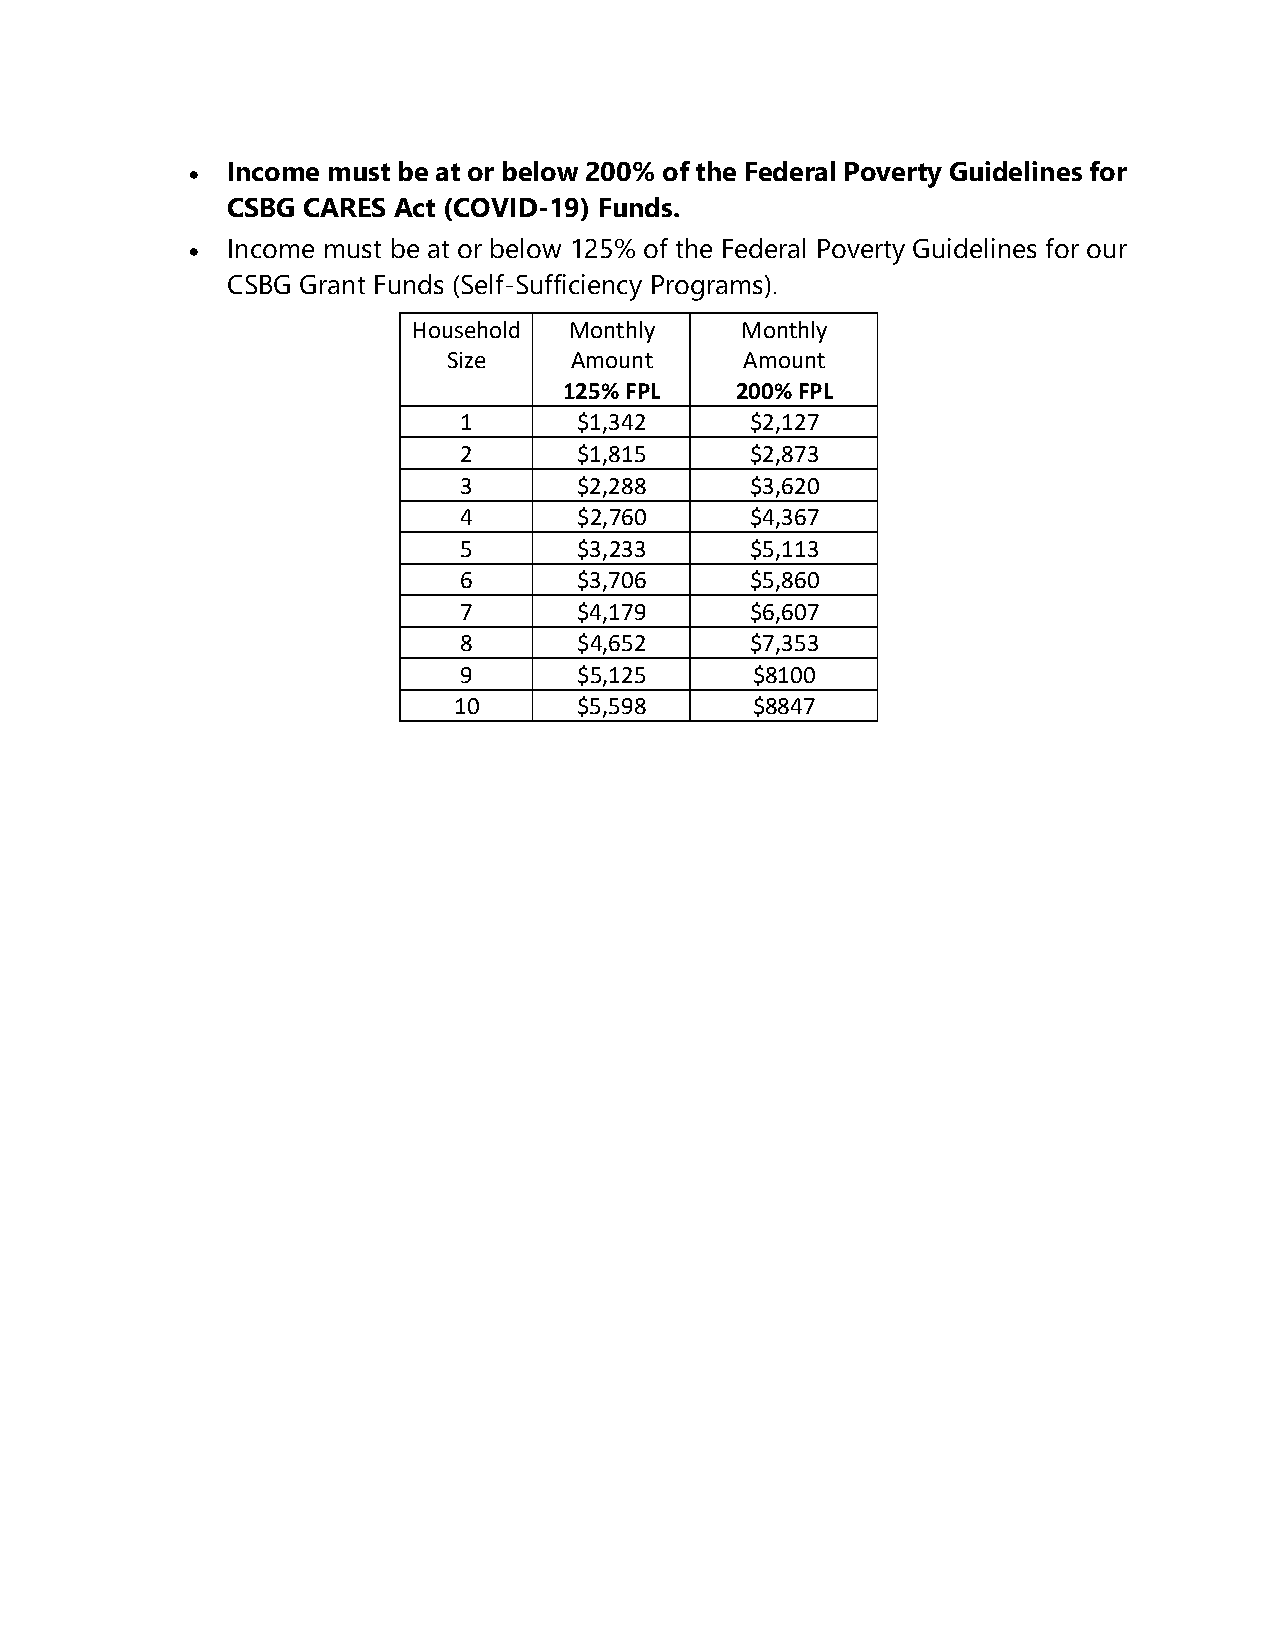
• Income must be at or below 200% of the Federal Poverty Guidelines for
 CSBG CARES Act (COVID-19) Funds.
 • Income must be at or below 125% of the Federal Poverty Guidelines for our
 CSBG Grant Funds (Self-Sufficiency Programs).
 Household  Monthly    Monthly
 Size    Amount     Amount
 125% FPL    200% FPL
 1       $1,342      $2,127
 2       $1,815      $2,873
 3       $2,288      $3,620
 4       $2,760      $4,367
 5       $3,233      $5,113
 6       $3,706      $5,860
 7       $4,179      $6,607
 8       $4,652      $7,353
 9       $5,125      $8100
 10      $5,598      $8847